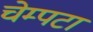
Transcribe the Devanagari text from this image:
चेम्पटा